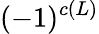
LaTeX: (-1)^{c(L)}